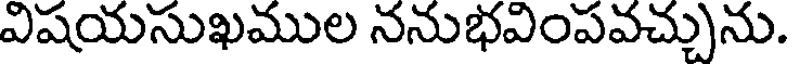
విషయసుఖముల ననుభవింపవచ్చును.